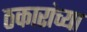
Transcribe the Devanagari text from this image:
ठकारांच्या